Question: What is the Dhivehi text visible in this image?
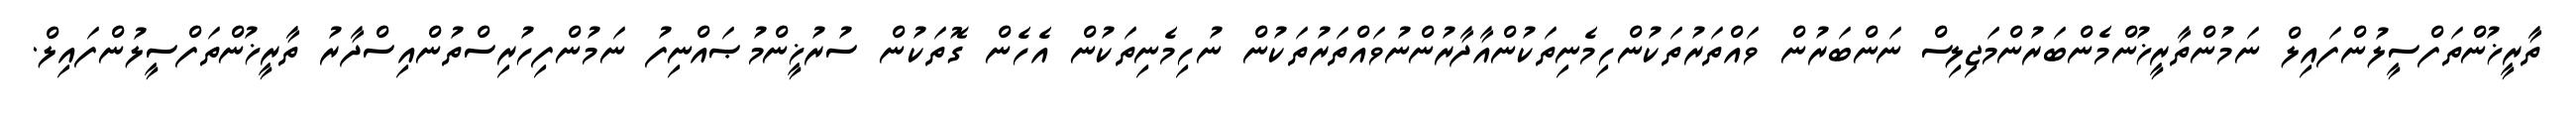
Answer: ތާރީޚުންތަފްސީލުންފައިލް ނަމުންތާރީޚުންމެންބަރުންމަޖިލިސް ނަންބަރުން ވައްތަރުތަކުންހިމެނިތަކުންއާދާރުންނުވައްތަރުތަކުން ނުހިމެނިތަކުން އެހެން ގޮތަކުން ސުރުޚީންމުޞައްނިފު ނަމުންފިހުރިސްތުންއިސްދާރު ތާރީޚުންތަފްސީލުންފައިލް.